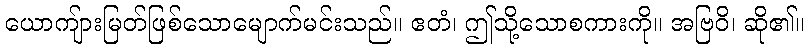
ယောကျ်ားမြတ်ဖြစ်သောမျောက်မင်းသည်။ ဧတံ၊ ဤသို့သောစကားကို။ အဗြဝိ၊ ဆို၏။